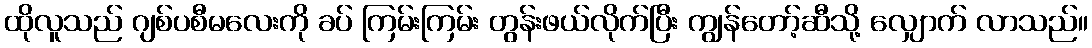
ထိုလူသည် ဂျစ်ပစီမလေးကို ခပ် ကြမ်းကြမ်း တွန်းဖယ်လိုက်ပြီး ကျွန်တော့်ဆီသို့ လျှောက် လာသည်။